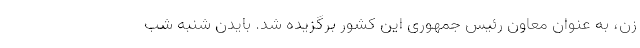
زن، به عنوان معاون رئیس جمهوری این کشور برگزیده شد. بایدن شنبه شب